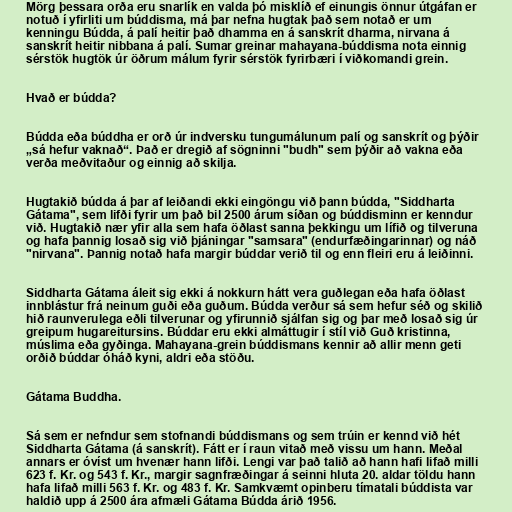
Mörg þessara orða eru snarlík en valda þó misklíð ef einungis önnur útgáfan er
notuð í yfirliti um búddisma, má þar nefna hugtak það sem notað er um
kenningu Búdda, á palí heitir það dhamma en á sanskrít dharma, nirvana á
sanskrít heitir nibbana á palí. Sumar greinar mahayana-búddisma nota einnig
sérstök hugtök úr öðrum málum fyrir sérstök fyrirbæri í viðkomandi grein.

Hvað er búdda?

Búdda eða búddha er orð úr indversku tungumálunum palí og sanskrít og þýðir
„sá hefur vaknað“. Það er dregið af sögninni "budh" sem þýðir að vakna eða
verða meðvitaður og einnig að skilja.

Hugtakið búdda á þar af leiðandi ekki eingöngu við þann búdda, "Siddharta
Gátama", sem lifði fyrir um það bil 2500 árum síðan og búddisminn er kenndur
við. Hugtakið nær yfir alla sem hafa öðlast sanna þekkingu um lífið og tilveruna
og hafa þannig losað sig við þjáningar "samsara" (endurfæðingarinnar) og náð
"nirvana". Þannig notað hafa margir búddar verið til og enn fleiri eru á leiðinni.

Siddharta Gátama áleit sig ekki á nokkurn hátt vera guðlegan eða hafa öðlast
innblástur frá neinum guði eða guðum. Búdda verður sá sem hefur séð og skilið
hið raunverulega eðli tilverunar og yfirunnið sjálfan sig og þar með losað sig úr
greipum hugareitursins. Búddar eru ekki almáttugir í stíl við Guð kristinna,
múslima eða gyðinga. Mahayana-grein búddismans kennir að allir menn geti
orðið búddar óháð kyni, aldri eða stöðu.

Gátama Buddha.

Sá sem er nefndur sem stofnandi búddismans og sem trúin er kennd við hét
Siddharta Gátama (á sanskrít). Fátt er í raun vitað með vissu um hann. Meðal
annars er óvíst um hvenær hann lifði. Lengi var það talið að hann hafi lifað milli
623 f. Kr. og 543 f. Kr., margir sagnfræðingar á seinni hluta 20. aldar töldu hann
hafa lifað milli 563 f. Kr. og 483 f. Kr. Samkvæmt opinberu tímatali búddista var
haldið upp á 2500 ára afmæli Gátama Búdda árið 1956.